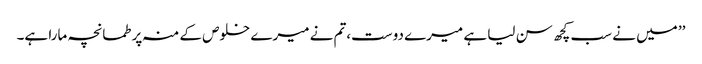
’’ میں نے سب کچھ سن لیا ہے میرے دوست،تم نے میرے خلوص کے منہ پر طمانچہ مارا ہے۔